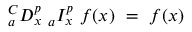
{ } _ { a } ^ { C } D _ { x } ^ { p } ~ { } _ { a } I _ { x } ^ { p } ~ f ( x ) ~ = ~ f ( x )